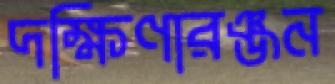
দক্ষিণারঞ্জন